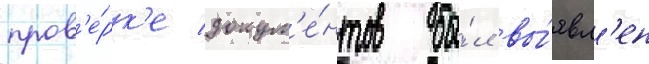
пров'е́рк'е докум'е́нтов бы́л вы́явл'ен